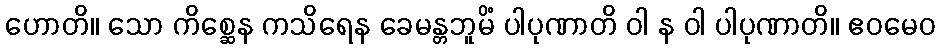
ဟောတိ။ သော ကိစ္ဆေန ကသိရေန ခေမန္တဘူမိံ ပါပုဏာတိ ဝါ န ဝါ ပါပုဏာတိ။ ဧဝမေဝ